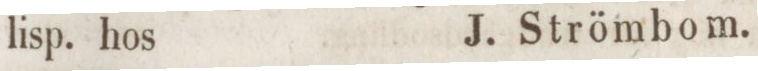
lisp. hos    J. Strömbom.